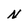
Character: N